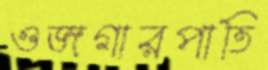
ওজগারপাতি